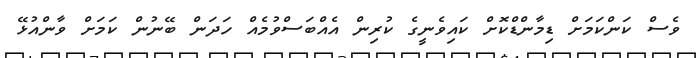
ވެސް ކަންކަމަށް ޑިމާންޑްކޮށް ކައިވެނީގެ ކުރިން އެއްބަސްވުމެއް ހަދަން ބޭނުން ކަމަށް ވާންއުޅޭ